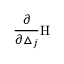
\frac \partial { \partial \triangle _ { j } } \mathrm { H }